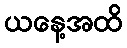
ယနေ့အထိ